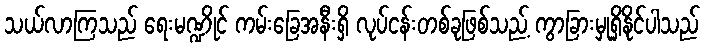
သယ်လာကြသည် ရေးမဏ္ဍိုင် ကမ်းခြေအနီးရှိ လုပ်ငန်းတစ်ခုဖြစ်သည့် ကွာခြားမှုရှိနိုင်ပါသည်